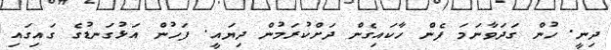
ދިނީ. ހުން ގަދަވާނަމަ ފެން ހާކައިގެން ދަށްކުރަމުން ދިޔައީ. ފަހުން އަޅުގަނޑުގެ ގައިގައި